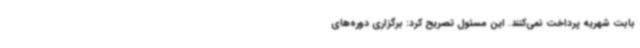
بابت شهریه پرداخت نمی‌کنند. این مسئول تصریح کرد: برگزاری دوره‌های